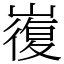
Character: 㠅